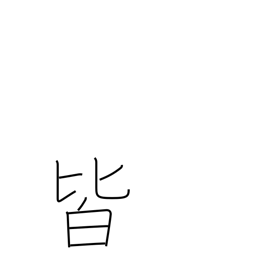
Meaning: everything